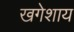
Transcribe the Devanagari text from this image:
खगेशाय